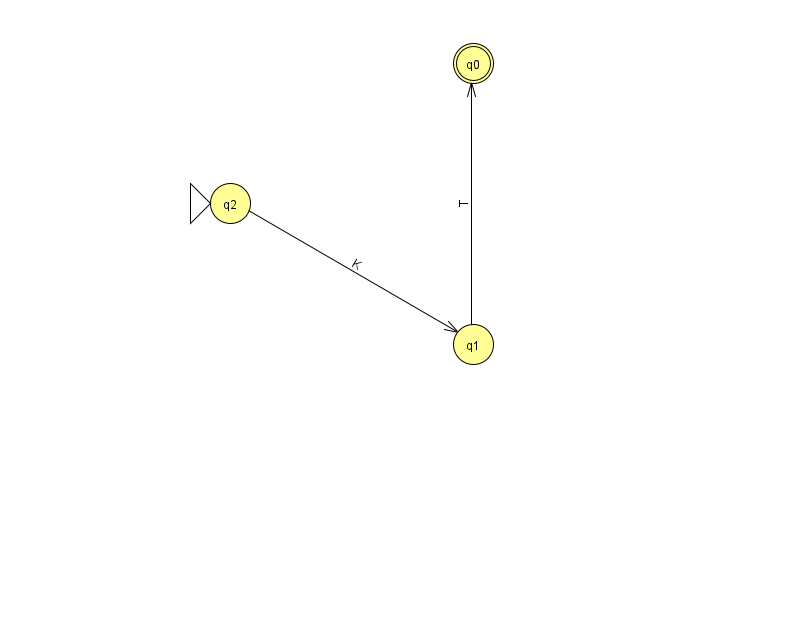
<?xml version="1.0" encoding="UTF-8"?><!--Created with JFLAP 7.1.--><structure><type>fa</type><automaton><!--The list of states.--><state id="0" name="q0"><x>473.0</x><y>50.0</y><final/></state><state id="1" name="q1"><x>473.0</x><y>331.0</y></state><state id="2" name="q2"><x>230.0</x><y>190.0</y><initial/></state><!--The list of transitions.--><transition><from>2</from><to>1</to><read>K</read></transition><transition><from>1</from><to>0</to><read>T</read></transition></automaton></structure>